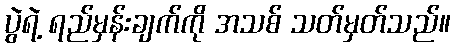
ပွဲရဲ့ ရည်မှန်းချက်ကို အသစ် သတ်မှတ်သည်။